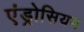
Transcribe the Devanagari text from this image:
एंड्रोसियम